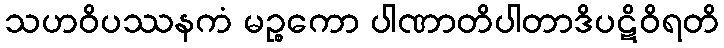
သဟဝိပဿနကံ မဉ္စကော ပါဏာတိပါတာဒိပဋိဝိရတိ